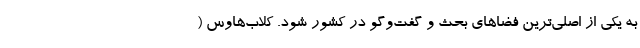
به یکی از اصلی‌ترین فضاهای بحث و گفت‌وگو در کشور شود. کلاب‌هاوس (